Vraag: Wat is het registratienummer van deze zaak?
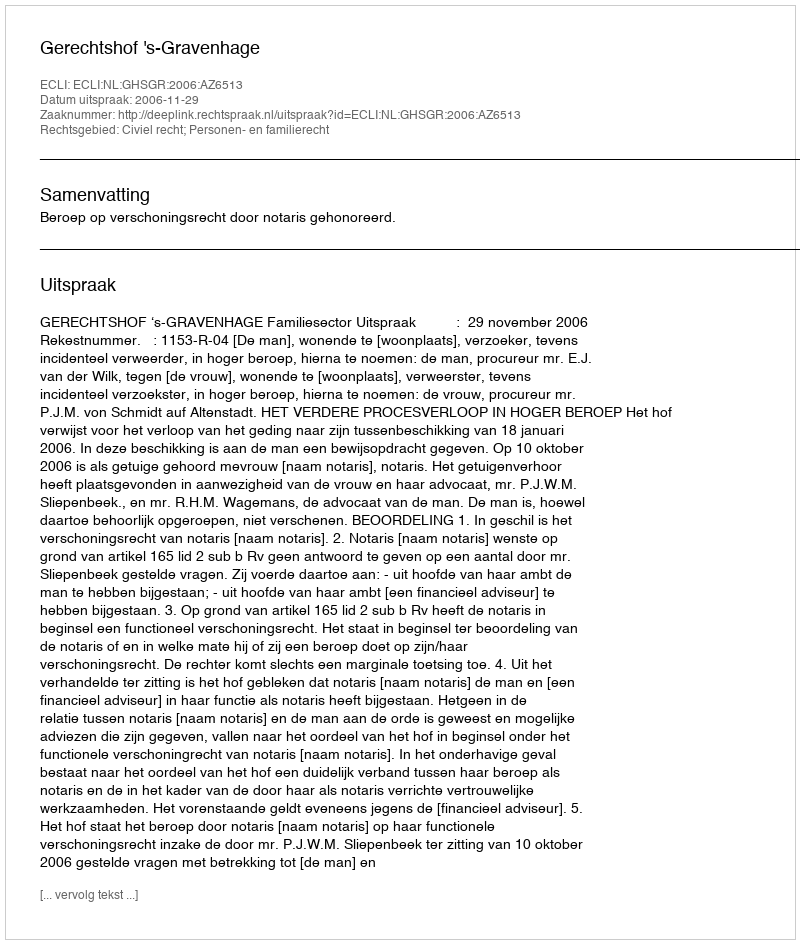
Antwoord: http://deeplink.rechtspraak.nl/uitspraak?id=ECLI:NL:GHSGR:2006:AZ6513